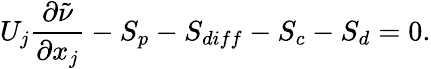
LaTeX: U_{j}\frac{\partial\tilde{\nu}}{\partial x_{j}}-S_{p}-S_{diff}-S_{c}-S_{d}=0.